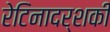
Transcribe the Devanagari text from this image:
रेटिनादर्शकी